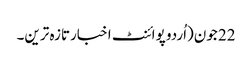
22 جون(اُردو پوائنٹ اخبارتازہ ترین۔